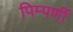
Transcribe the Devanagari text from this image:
पिम्पर्णी